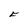
Character: F